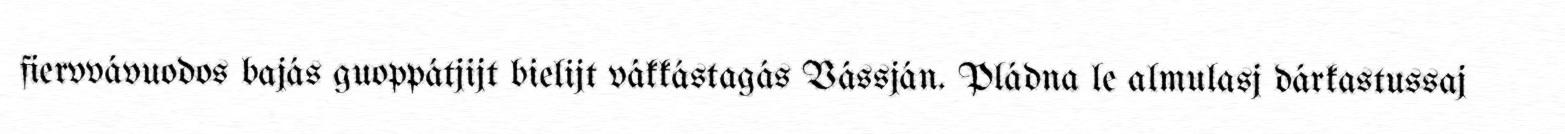
fiervvávuodos bajás guoppátjijt bielijt vákkástagás Vássján. Pládna le almulasj dárkastussaj